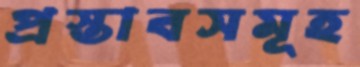
প্রস্তাবসমূহ